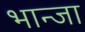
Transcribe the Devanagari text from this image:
भान्जा